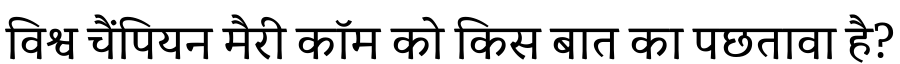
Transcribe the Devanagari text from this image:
विश्व चैंपियन मैरी कॉम को किस बात का पछतावा है?